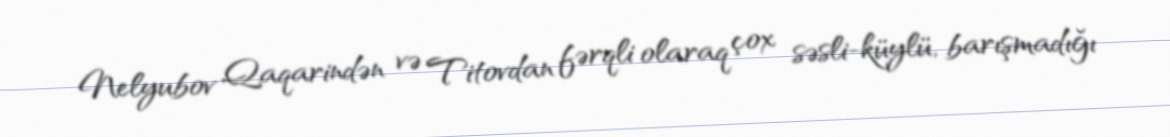
Nelyubov Qaqarindən və Titovdan fərqli olaraq çox səsli-küylü, barışmadığı